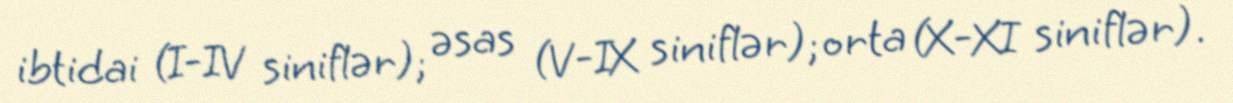
ibtidai (I-IV siniflər); əsas (V-IX siniflər); orta (X-XI siniflər).